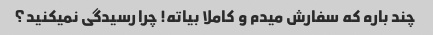
چند باره که سفارش میدم و کاملا بیاته! چرا رسیدگی نمیکنید؟